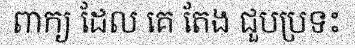
ពាក្យ ដែល គេ តែង ជួបប្រទះ